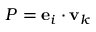
P = { \mathbf e } _ { i } \cdot { \mathbf v } _ { k }